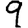
Digit: 9